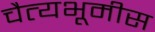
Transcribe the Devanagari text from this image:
चैत्यभूमीस